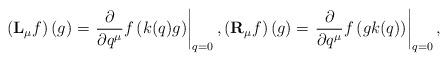
LaTeX: \begin{align*}\left(\mathbf{L}_{\mu}f\right)(g)= \left.\frac{\partial}{\partial q^{\mu}}f\left(k(q)g\right)\right|_{q=0},\left(\mathbf{R}_{\mu}f\right)(g)= \left.\frac{\partial}{\partial q^{\mu}}f\left(gk(q)\right)\right|_{q=0},\end{align*}